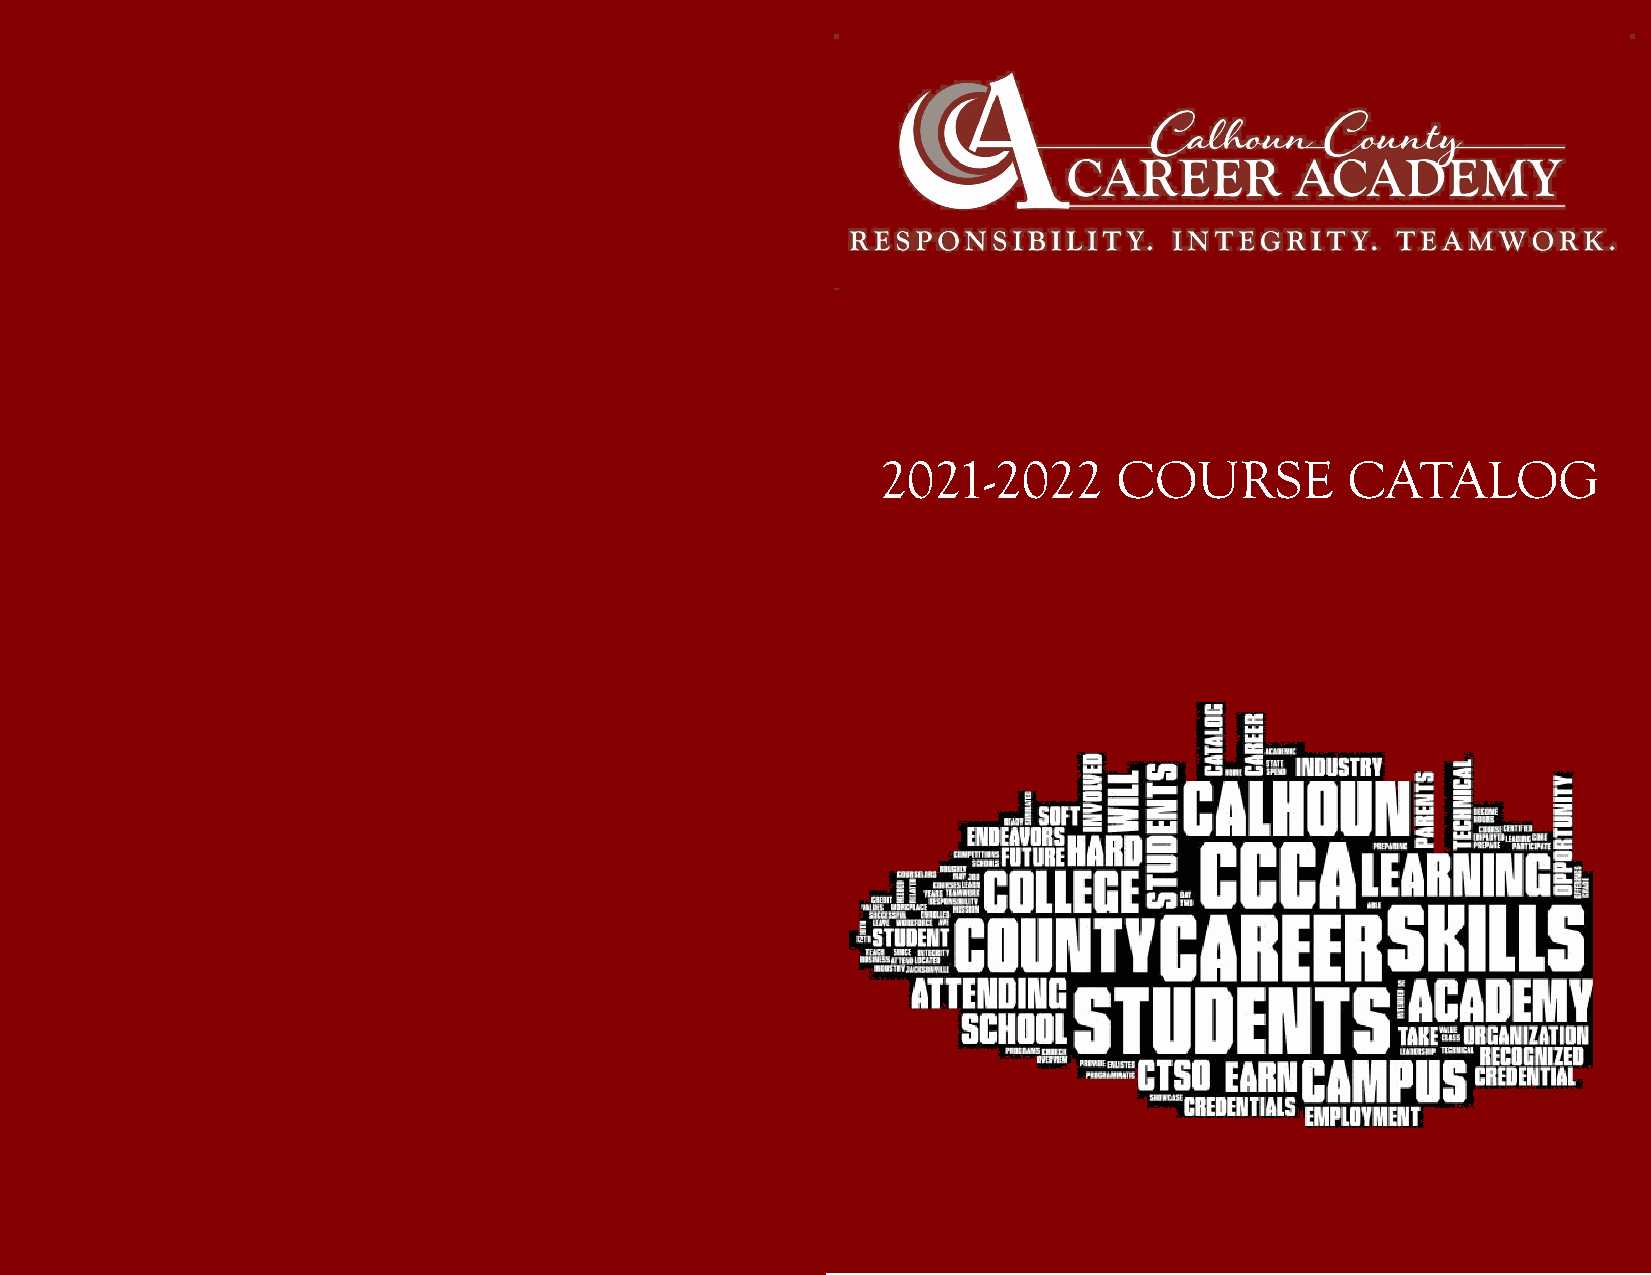
2021-2022       COURSE         CATALOG
 20                                                           1